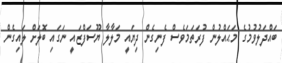
ބައްދަލުވުމުގެ މަޙައްލުން ފުރަތަމަވެސް ފެނިގެން ދިޔައީ މަލާލާ ޔޫސަފްޒައީ ނަގައި ބޮލަށް ލައިގެން